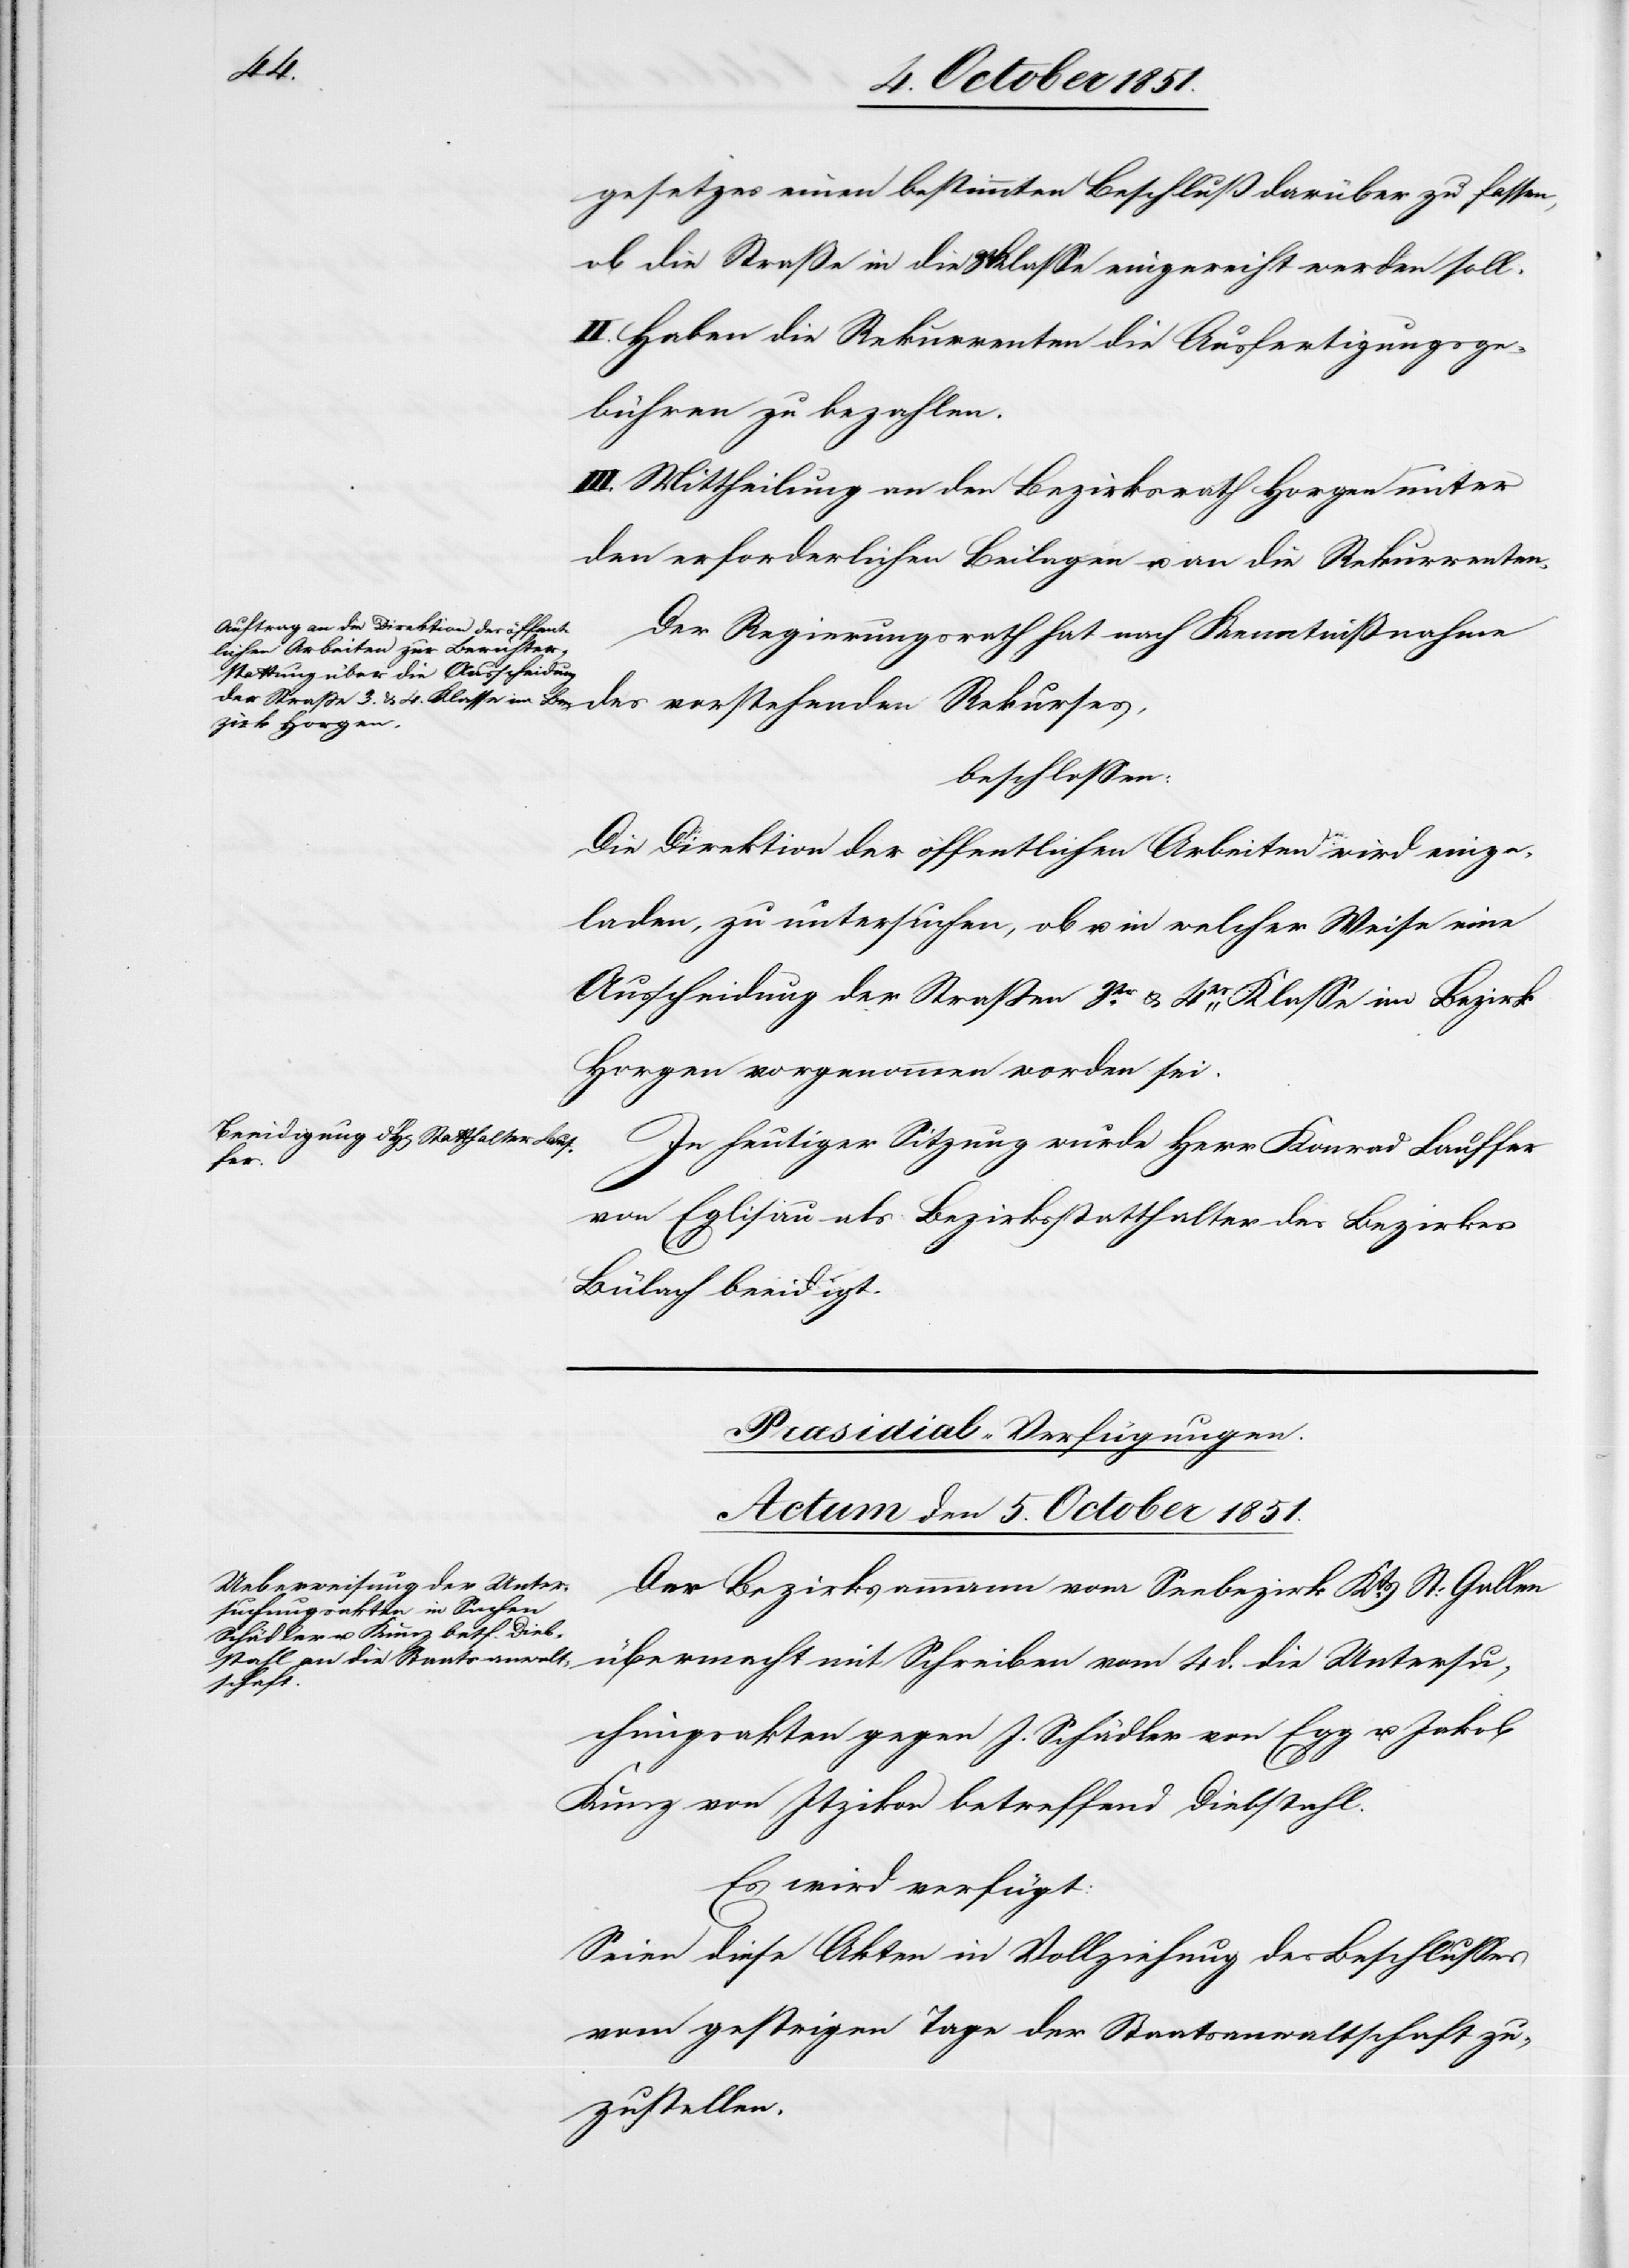
gesetzes einen bestimmten Beschluß darüber zu fassen,
ob die Straße in die 3t Klasse eingereiht werden soll.
II. Haben die Rekurrenten die Ausfertigungsge¬
bühren zu bezahlen.
III. Mittheilung an den Bezirksrath Horgen unter
den erforderlichen Beilagen u. an die Rekurrenten.
Der Regierungsrath hat nach Kenntnißnahme
des vorstehenden Rekurses,
beschlossen:
Die Direktion der öffentlichen Arbeiten wird einge¬
laden, zu untersuchen, ob u. in welcher Weise eine
Ausscheidung der Straßen 3tr. & 4tr. Klasse im Bezirk
Horgen vorgenommen worden sei.
In heutiger Sitzung wurde Herr Konrad Lauffer
d.
die
von Eglisau als Bezirksstatthalter des Bezirkes
Bülach beeidigt.
Præsidial-Verfügungen.
Actum den 5. October 1851.
Der Bezirksammann vom Seebezirk Kts. St: Gallen
Untersu¬
chungsakten gegen J. Schädler von Egg u. Jakob
Kunz von Itzikon betreffend Diebstahl.
Es wird verfügt:
Seien diese Akten in Vollziehung des Beschlusses
vom gestrigen Tage der Staatsanwaltschaft zu¬
zustellen.